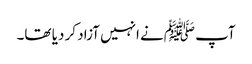
آپ ﷺنے انہیں آزاد کر دیا تھا۔